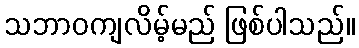
သဘာဝကျလိမ့်မည် ဖြစ်ပါသည်။